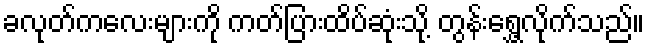
ခလုတ်ကလေးများကို ကတ်ပြားထိပ်ဆုံးသို့ တွန်းရွှေ့လိုက်သည်။